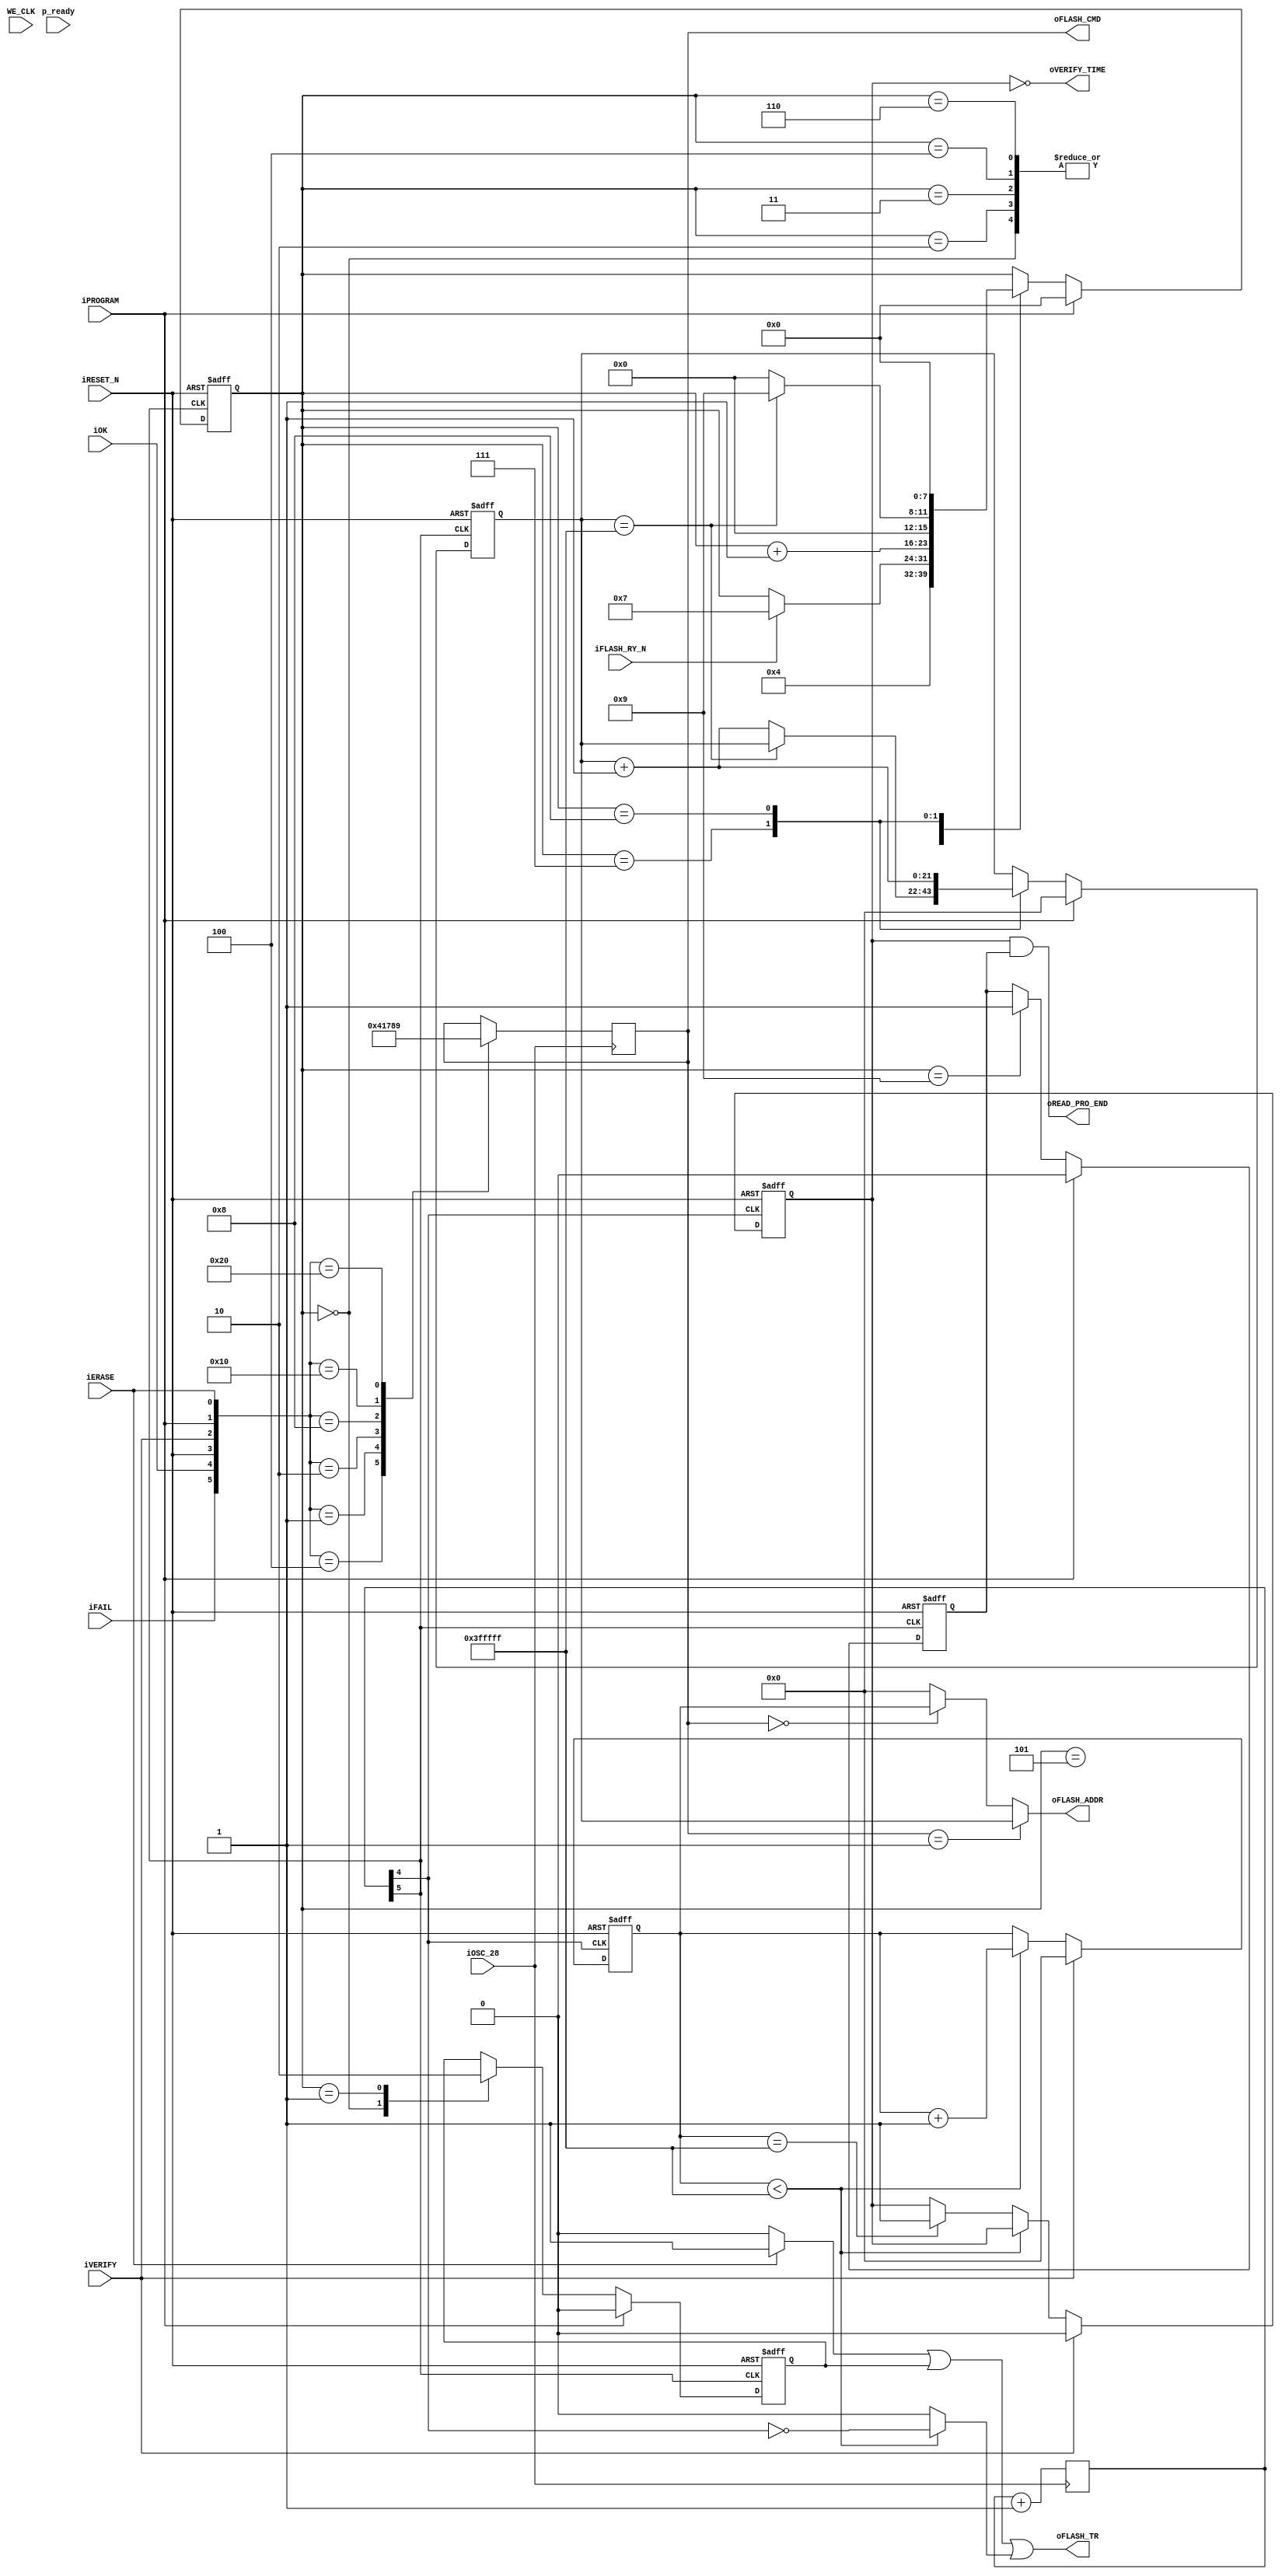
module flash_writer(
input  p_ready,
input  WE_CLK,
input  iFLASH_RY_N,
input  iOSC_28   ,
input  iERASE    ,
input  iPROGRAM ,
input  iVERIFY  ,
input  iOK  ,
input  iFAIL,
input  iRESET_N   ,
output oREAD_PRO_END,
output oVERIFY_TIME,

output [21:0] 		oFLASH_ADDR,
output reg 	[3:0] 	oFLASH_CMD,
output 		        oFLASH_TR


);

//flash rom command//
always @(posedge iOSC_28)begin

case ({iFAIL,iOK,iRESET_N,iVERIFY,iPROGRAM,iERASE})

	6'b000100: oFLASH_CMD = 4'h0;	//read
	6'b000001: oFLASH_CMD = 4'h4;	//iERASE
	6'b000010: oFLASH_CMD = 4'h1;	//prog
	6'b001000: oFLASH_CMD = 4'h7;	//reset
	6'b010000: oFLASH_CMD = 4'h8;	//ok
	6'b100000: oFLASH_CMD = 4'h9;	//fail
	
endcase

end

//time scal //

reg [31:0]delay;
always @(posedge iOSC_28)begin
	delay <= delay+1;
end

wire ck_prog     = delay[5];  // program time  8 6
wire ck_read     = delay[4];  // verify time    //

wire [21:0]end_address;

assign end_address = 22'h3fffff; //end address//


// PROGRAM ADDRESS COUNTER //

reg  [21:0]addr_prog;
reg  end_prog;
reg  PROGRAM_TR_r;
reg  [7:0]ST_P;

always @(posedge iRESET_N or posedge ck_prog ) begin
if (iRESET_N) begin

	addr_prog    <= end_address;
	end_prog  	 <= 1;
	ST_P 		 <= 9; //end_st
	PROGRAM_TR_r <= 0;

end	
	
else if (iPROGRAM) begin
	addr_prog 	<= 0;
	end_prog  	<= 0;
    ST_P 		<= 0;	
	PROGRAM_TR_r<= 0;
	
end	
else begin
	case ( ST_P )
	0:begin 
		ST_P <= ST_P + 1;
		PROGRAM_TR_r <=1 ;
	end
	
	1:begin 
		ST_P <= 4;//ST_P + 1;
		PROGRAM_TR_r <=0;
	end
	
	2:begin 
		ST_P <= ST_P + 1;
		//PROGRAM_TR_r <=0;
	end
	
	3:begin 
		ST_P <= ST_P + 1;
	end
	
	4:begin 
		ST_P <= ST_P + 1;
	end
	
	5:begin 
		if ( iFLASH_RY_N ) ST_P <= 7;//ST_P + 1;
	end
	
	6:begin 
		ST_P <= ST_P + 1;
	end
	
	7:begin 
		if (addr_prog == end_address ) 
			ST_P <= 9;
		else 
		    begin
			addr_prog <= addr_prog + 1;
			ST_P <= 0;
			end
	  end
	
	8:begin 
		addr_prog <= addr_prog + 1;
		ST_P <= 0;
	end
	
	9:begin  // end_st
		end_prog  <= 1;
	end
	
	endcase
	
  end
end


//  Verify Address Counter //

reg  [21:0]addr_read;
reg  end_read;

always @(posedge iRESET_N or posedge ck_read) begin

if ( iRESET_N ) begin 

	addr_read <= end_address;
	end_read  <= 1;

end	
else if (iVERIFY) begin

	addr_read <= 0;
	end_read  <= 0;

end	
	
else if (addr_read<end_address) 

	addr_read=addr_read+1;
	
else if (addr_read == end_address)  end_read  <= 1;
	
end





//flash address switch//

assign oFLASH_ADDR = (

(oFLASH_CMD==4'h1)? addr_prog: (
(oFLASH_CMD==4'h0)? addr_read: 0

));


wire   erase_tr  =  (iERASE)?1:0;						// erase trigger signal

wire   porgram_tr=  PROGRAM_TR_r ;   //program trigger signal

wire   verify_tr = (addr_read  < end_address)?~ck_read  : 0; //read trigger signal

assign oFLASH_TR  =  erase_tr | porgram_tr | verify_tr; // flash trigger signal
			  
assign oREAD_PRO_END = end_read & end_prog;

assign oVERIFY_TIME = ~end_read ;

endmodule